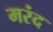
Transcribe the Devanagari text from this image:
मरंद